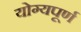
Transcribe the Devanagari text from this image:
योग्यपूर्ण